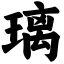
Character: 璃